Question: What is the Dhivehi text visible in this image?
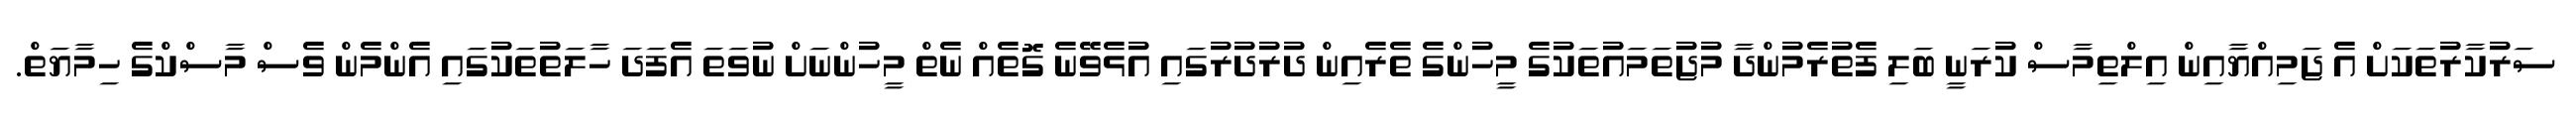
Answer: ސަރުކާރުތަކަށް އެ ޖަމިއްޔާއިން އިލްތިމާސް ކުރަނީ ބަލި ފެތުރެމުންދާ މުޖުތަމައުތަކުގެ މީހުންގެ ތެރެއިން ދުރުދުރުގައި އުޅެވޭނެ ގޮތެއް ނެތް މީހުންނަށް ނުވަތަ އެފަދަ ހާލަތުތަކުގައި އެންމެން ވެސް މާސްކްގެ ހިމާޔަތް.